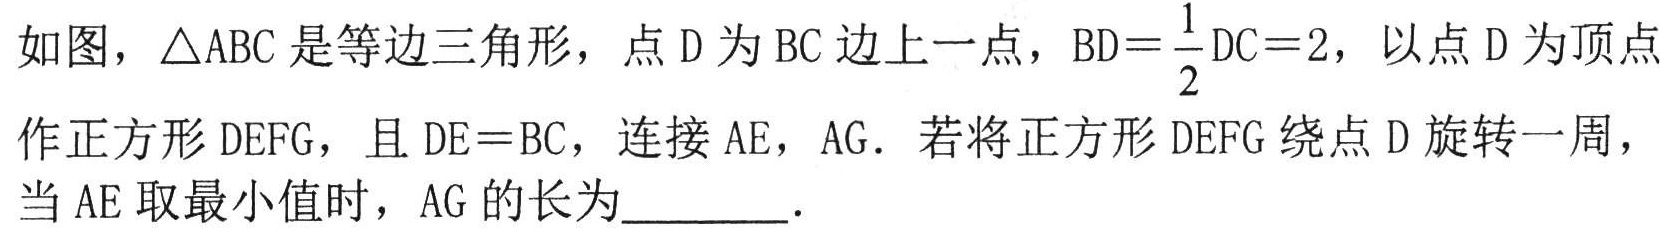
如图，\(\triangle ABC\)是等边三角形，点\(D\)为\(BC\)边上一点，\(BD = \frac{1}{2}DC = 2\)，以点\(D\)为顶点作正方形\(DEFG\)，且\(DE = BC\)，连接\(AE\)，\(AG\)．若将正方形\(DEFG\)绕点\(D\)旋转一周，当\(AE\)取最小值时，\(AG\)的长为  ．